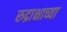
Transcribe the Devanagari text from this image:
रुद्राक्षाच्या